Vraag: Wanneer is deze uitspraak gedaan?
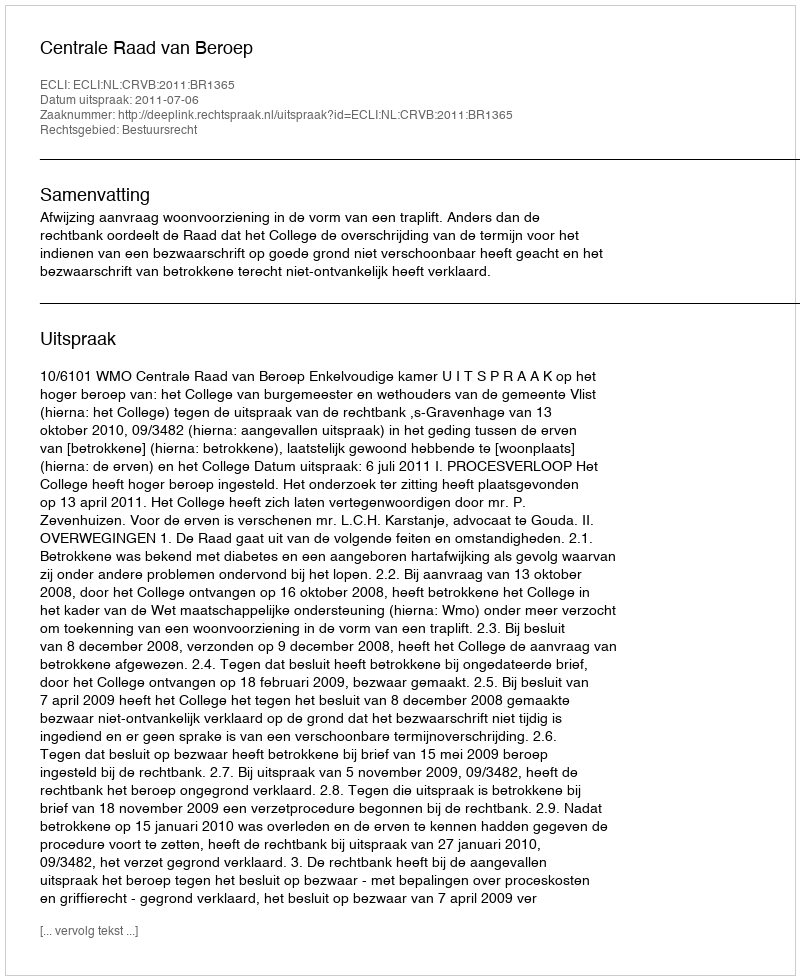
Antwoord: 2011-07-06